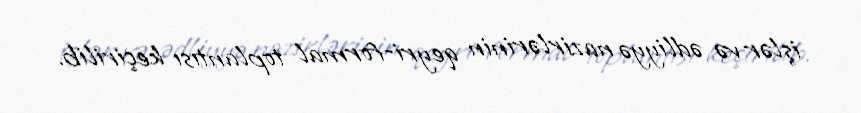
işlər və ədliyyə nazirlərinin qeyri-formal toplantısı keçirilib.